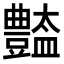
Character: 𧰚